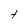
Character: t